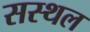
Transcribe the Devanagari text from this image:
सस्थल